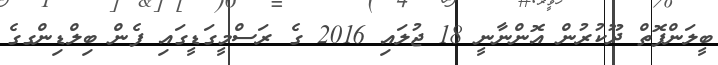
ބީލަންފޮތް ދޫކުރުން އޮންނާނީ 18 ޖުލައި 2016 ގެ ރަސްމީގަޑީގައި ފެން ބިލްޑިންގގެ